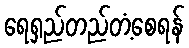
ရေရှည်တည်တံ့စေရန်